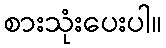
စားသုံးပေးပါ။